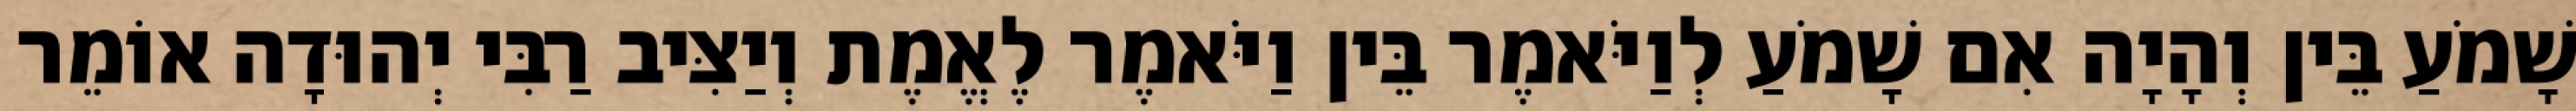
שָׁמֹעַ בֵּין וְהָיָה אִם שָׁמֹעַ לְוַיֹּאמֶר בֵּין וַיֹּאמֶר לֶאֱמֶת וְיַצִּיב רַבִּי יְהוּדָה אוֹמֵר